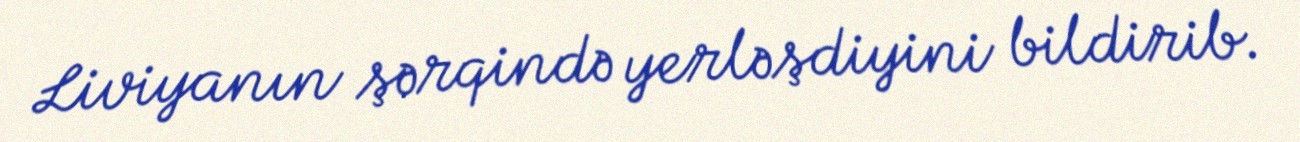
Liviyanın şərqində yerləşdiyini bildirib.